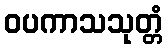
ဝပကာသသုတ္တံ